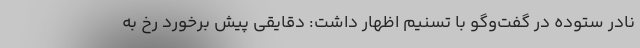
نادر ستوده در گفت‌وگو با تسنیم اظهار داشت: دقایقی پیش برخورد رخ به